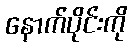
နောက်ပိုင်းကို